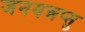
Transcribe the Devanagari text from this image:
जनयन्नप्सु